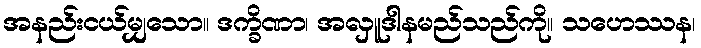
အနည်းငယ်မျှသော။ ဒက္ခိဏာ၊ အလှူဒါနမည်သည်ကို။ သဟေဿန၊